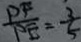
\frac { P F } { P E } = \frac { 3 } { 5 }